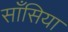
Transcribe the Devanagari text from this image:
साँसिया